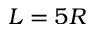
L = 5 R